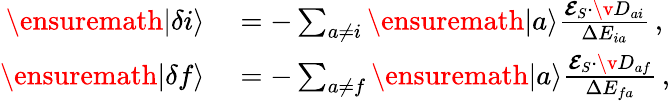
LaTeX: \begin{array}{rl}{\ensuremath{|\delta i\rangle}}&{{}=-\sum_{a\neq i}\ensuremath{|a\rangle}\frac{{\mathbfcal{E}}_{S}\cdot\v{D}_{ai}}{\Delta{E_{ia}}}\, ,}\\ {\ensuremath{|\delta f\rangle}}&{{}=-\sum_{a\neq f}\ensuremath{|a\rangle}\frac{{\mathbfcal{E}}_{S}\cdot\v{D}_{af}}{\Delta{E_{fa}}}\, ,}\end{array}